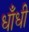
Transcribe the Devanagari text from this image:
धाँधी